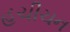
હચીચન